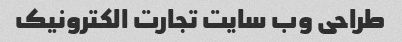
طراحی وب سایت تجارت الکترونیک